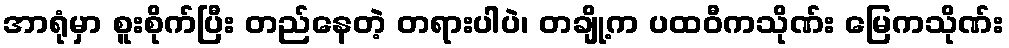
အာရုံမှာ စူးစိုက်ပြီး တည်နေတဲ့ တရားပါပဲ၊ တချို့က ပထဝီကသိုဏ်း မြေကသိုဏ်း